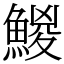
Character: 鯼